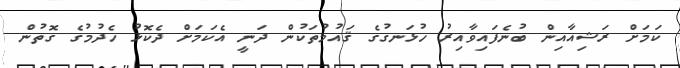
ކަމަށް ރަޝިއާއިން ބުނެފައިވާއިރު ހުޅަނގުގެ ޤައުމުތަކުން ދަނީ އެކަމަށް ދެކޮޅު ހެދުމުގެ ގޮތުން